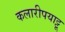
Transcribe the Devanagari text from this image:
कलारीपयाट्टू